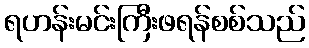
ရဟန်းမင်းကြီးဖရန်စစ်သည်